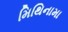
મિથિનામા